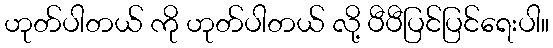
ဟုတ်ပါတယ် ကို ဟုတ်ပါတယ် လို့ ပီပီပြင်ပြင်ရေးပါ။